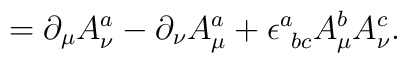
=\partial_\mu A^a_\nu-\partial_\nu A^a_\mu +\epsilon^a_{\ bc}A^b_\mu A^c_\nu .